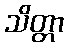
သိတ္တာ